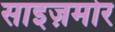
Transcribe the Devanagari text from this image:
साइज़मोर